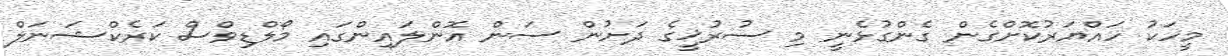
މީހަކު ހައްޔަރުކޮށްގެން ގެންގުޅެނީ މި ސުރުޚީގެ ދަށުން ސަން އޮންލައިންގައި މޯލްޑިވްސް ކަރެކްޝަނަލް